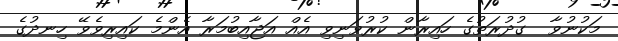
މަކުނުވާ  ގުދުރަތުގެ ހައިރާން ކުރުވަނިވި އެއް އަޖާއިބުމަރާ އެންމެ ކައިރިވެވޭ ހިނދުގެ